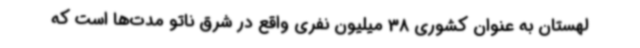
لهستان به عنوان کشوری 38 میلیون نفری واقع در شرق ناتو مدت‌ها است که